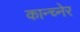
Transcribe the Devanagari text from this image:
कान्च्नेर